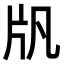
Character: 𤖫